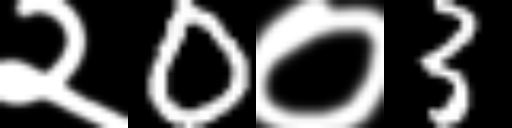
Text: २0०3